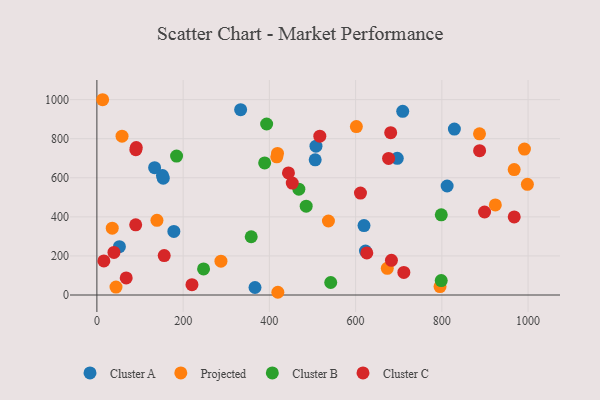
{"axis": {"x": "Experience", "y": "Yield"}, "legend": ["Cluster A", "Cluster B", "Cluster C", "Projected"], "data": [{"x": "829.1", "y": 849.4, "type": "Cluster A"}, {"x": "178.5", "y": 325.6, "type": "Cluster A"}, {"x": "508.1", "y": 762.0, "type": "Cluster A"}, {"x": "333.4", "y": 948.7, "type": "Cluster A"}, {"x": "366.7", "y": 38.4, "type": "Cluster A"}, {"x": "619.5", "y": 355.4, "type": "Cluster A"}, {"x": "153.9", "y": 598.0, "type": "Cluster A"}, {"x": "696.6", "y": 699.6, "type": "Cluster A"}, {"x": "709.3", "y": 940.0, "type": "Cluster A"}, {"x": "622.9", "y": 224.7, "type": "Cluster A"}, {"x": "133.9", "y": 651.5, "type": "Cluster A"}, {"x": "812.3", "y": 557.9, "type": "Cluster A"}, {"x": "506.3", "y": 691.9, "type": "Cluster A"}, {"x": "152.1", "y": 611.1, "type": "Cluster A"}, {"x": "52.2", "y": 247.5, "type": "Cluster A"}, {"x": "991.6", "y": 747.1, "type": "Projected"}, {"x": "44.3", "y": 40.7, "type": "Projected"}, {"x": "287.7", "y": 173.2, "type": "Projected"}, {"x": "887.4", "y": 824.9, "type": "Projected"}, {"x": "418.9", "y": 724.7, "type": "Projected"}, {"x": "998.4", "y": 566.3, "type": "Projected"}, {"x": "673.5", "y": 136.8, "type": "Projected"}, {"x": "13.3", "y": 999.5, "type": "Projected"}, {"x": "601.8", "y": 862.0, "type": "Projected"}, {"x": "537.0", "y": 378.8, "type": "Projected"}, {"x": "139.3", "y": 382.0, "type": "Projected"}, {"x": "967.8", "y": 642.2, "type": "Projected"}, {"x": "924.1", "y": 461.3, "type": "Projected"}, {"x": "58.3", "y": 813.1, "type": "Projected"}, {"x": "35.6", "y": 342.2, "type": "Projected"}, {"x": "795.8", "y": 43.1, "type": "Projected"}, {"x": "417.2", "y": 707.2, "type": "Projected"}, {"x": "419.7", "y": 14.0, "type": "Projected"}, {"x": "468.4", "y": 541.8, "type": "Cluster B"}, {"x": "393.7", "y": 875.2, "type": "Cluster B"}, {"x": "542.3", "y": 64.1, "type": "Cluster B"}, {"x": "247.4", "y": 133.4, "type": "Cluster B"}, {"x": "485.4", "y": 454.9, "type": "Cluster B"}, {"x": "798.6", "y": 73.8, "type": "Cluster B"}, {"x": "357.9", "y": 298.1, "type": "Cluster B"}, {"x": "389.1", "y": 675.9, "type": "Cluster B"}, {"x": "184.8", "y": 711.2, "type": "Cluster B"}, {"x": "798.7", "y": 410.4, "type": "Cluster B"}, {"x": "16.2", "y": 174.7, "type": "Cluster C"}, {"x": "444.3", "y": 624.7, "type": "Cluster C"}, {"x": "711.9", "y": 115.7, "type": "Cluster C"}, {"x": "967.9", "y": 399.7, "type": "Cluster C"}, {"x": "91.3", "y": 755.1, "type": "Cluster C"}, {"x": "899.1", "y": 424.8, "type": "Cluster C"}, {"x": "90.0", "y": 359.2, "type": "Cluster C"}, {"x": "90.3", "y": 743.6, "type": "Cluster C"}, {"x": "517.0", "y": 812.8, "type": "Cluster C"}, {"x": "220.5", "y": 52.9, "type": "Cluster C"}, {"x": "39.6", "y": 217.8, "type": "Cluster C"}, {"x": "626.0", "y": 215.6, "type": "Cluster C"}, {"x": "681.4", "y": 830.7, "type": "Cluster C"}, {"x": "887.6", "y": 738.7, "type": "Cluster C"}, {"x": "156.1", "y": 201.6, "type": "Cluster C"}, {"x": "611.3", "y": 521.8, "type": "Cluster C"}, {"x": "453.1", "y": 573.1, "type": "Cluster C"}, {"x": "68.0", "y": 87.3, "type": "Cluster C"}, {"x": "683.1", "y": 177.4, "type": "Cluster C"}, {"x": "676.5", "y": 699.2, "type": "Cluster C"}]}